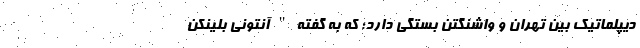
دیپلماتیک بین تهران و واشنگتن بستگی دارد؛ که به گفته " آنتونی بلینکن